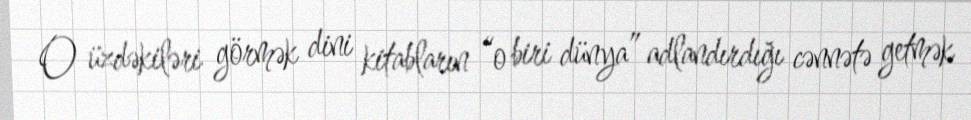
O üzdəkiləri görmək dini kitabların “o biri dünya” adlandırdığı cənnətə getmək